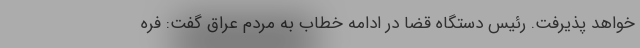
خواهد پذیرفت. رئیس دستگاه قضا در ادامه خطاب به مردم عراق گفت: فره